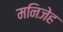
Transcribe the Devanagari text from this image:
मनिजेह